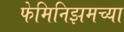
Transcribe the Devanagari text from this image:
फेमिनिझमच्या